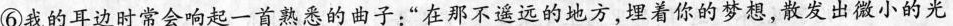
⑥我的耳边时常会响起一首熟悉的曲子：”在那不遥远的地方，埋着你的梦想，散发出微小的光